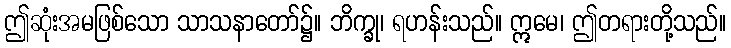
ဤဆုံးအမဖြစ်သော သာသနာတော်၌။ ဘိက္ခု၊ ရဟန်းသည်။ ဣမေ၊ ဤတရားတို့သည်။